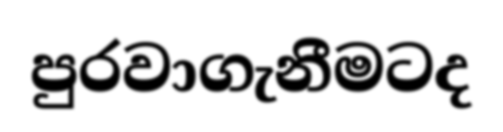
පුරවාගැනීමටද